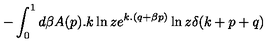
- \int _ { 0 } ^ { 1 } d \beta A ( p ) . k \ln z e ^ { k . ( q + \beta p ) } \ln z \delta ( k + p + q )